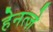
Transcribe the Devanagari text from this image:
हेनत्ज़े